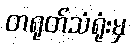
တရုတ်သံရုံးမှ